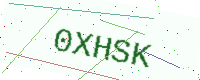
Text: 0XHSK